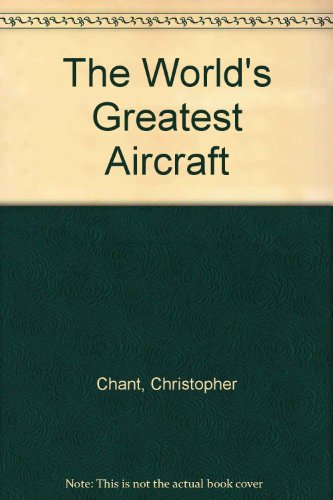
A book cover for The World's Greatest Aircraft; Chris Chant; Sports & Outdoors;